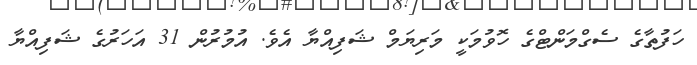
ހަފުތާގެ ސެގްމަންޓްގެ ހޮވުމަކީ މަރިޔަމް ޝަފިއްޔާ އެވެ. އުމުރުން 31 އަހަރުގެ ޝަފިއްޔާ